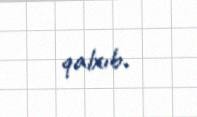
qalxıb.